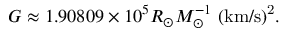
G \approx 1 . 9 0 8 0 9 \times 1 0 ^ { 5 } R _ { \odot } M _ { \odot } ^ { - 1 } \mathrm { { \ ( k m / s ) ^ { 2 } } } .